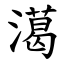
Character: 㵧